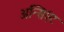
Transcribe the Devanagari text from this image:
अन्सिएंट